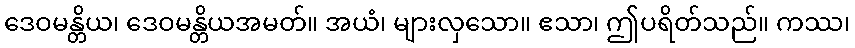
ဒေဝမန္တိယ၊ ဒေဝမန္တိယအမတ်။ အယံ၊ များလှသော။ ဧသာ၊ ဤပရိတ်သည်။ ကဿ၊